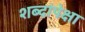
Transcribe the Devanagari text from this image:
शब्दांपेक्षा